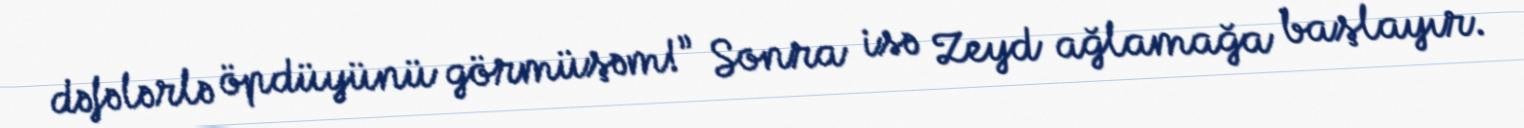
dəfələrlə öpdüyünü görmüşəm!” Sonra isə Zeyd ağlamağa başlayır.